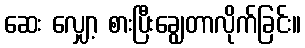
ဆေး လျှော့ စားပြီးချွေတာလိုက်ခြင်း။